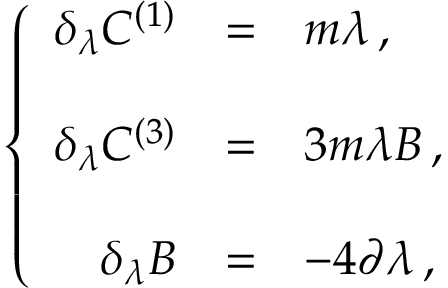
\left\{ \begin{array} { r c l } { { \delta _ { \lambda } C ^ { ( 1 ) } } } & { { = } } & { { m \lambda \, , } } \\ { { } } & { { } } & { { } } \\ { { \delta _ { \lambda } C ^ { ( 3 ) } } } & { { = } } & { { 3 m \lambda B \, , } } \\ { { } } & { { } } & { { } } \\ { { \delta _ { \lambda } B } } & { { = } } & { { - 4 \partial \lambda \, , } } \end{array} \right.